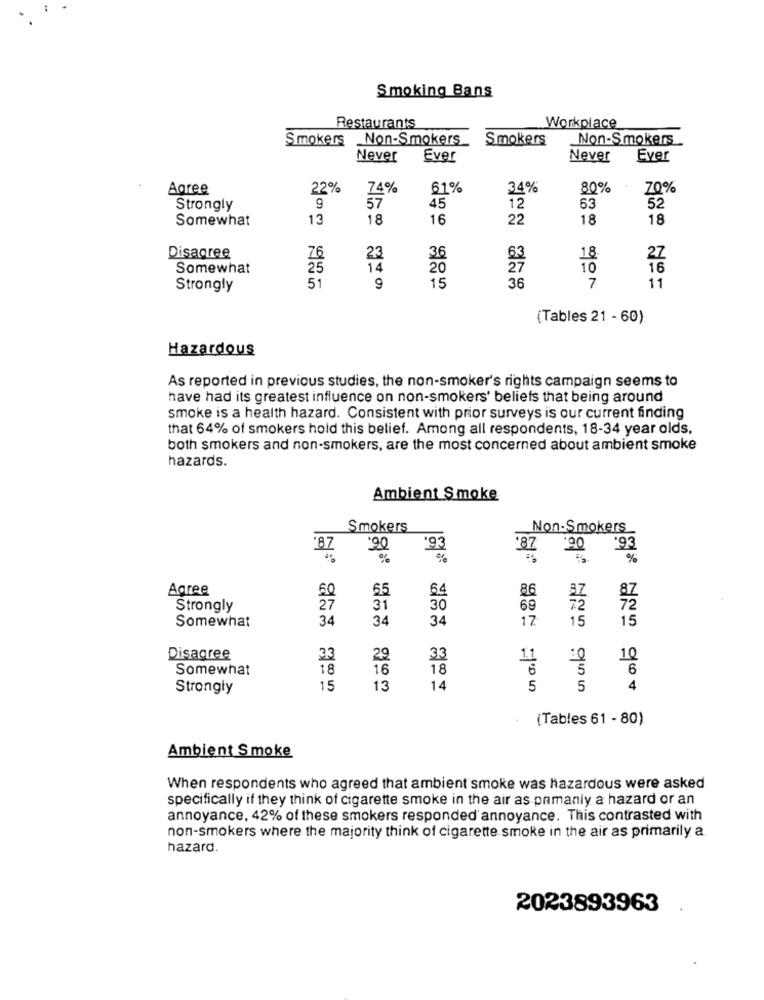
Smoking Bans
Restaurants
Workplace
Smokers
Non-Smokers
Smokers
Non-Smokers
Never
Ever
Never
Ever
Agree
22%
74%
61%
34%
80%
70%
57
45
63
Strongly
9
12
52
Somewhat
13
18
16
22
18
18
Disagree
76
23
18
27
Somewhat
25
14
20
10
16
51
15
36
7
11
Strongly
9
(Tables 21 - 60)
Hazardous
As reported in previous studies, the non-smoker's rights campaign seems to
have had its greatest influence on non-smokers' beliefs that being around
smoke is a health hazard. Consistent with prior surveys is our current finding
that 64% of smokers hold this belief. Among all respondents, 18-34 year olds,
both smokers and non-smokers, are the most concerned about ambient smoke
hazards.
Ambient Smoke
Smokers
Non-Smokers
87
'90
'87
18
.93
%
Agree
60
65
64
86
Strongly
27
31
30
69
Somewhat
34
34
34
17
15
15
Disagree
29
11
10
Somewhat
18
16
18
5
6
Strongly
15
13
14
5
5
4
(Tables 61 - 80)
Ambient Smoke
When respondents who agreed that ambient smoke was hazardous were asked
specifically if they think of cigarette smoke in the air as pamanly a hazard or an
annoyance, 42% of these smokers responded annoyance. This contrasted with
non-smokers where the majority think of cigarette smoke in the air as primarily a
hazard.
2023893963